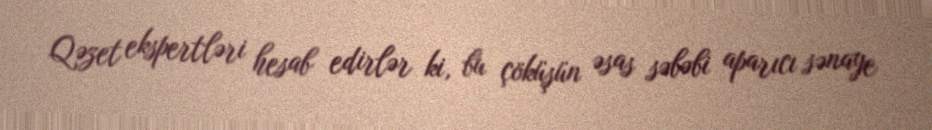
Qəzet ekspertləri hesab edirlər ki, bu çöküşün əsas səbəbi aparıcı sənaye